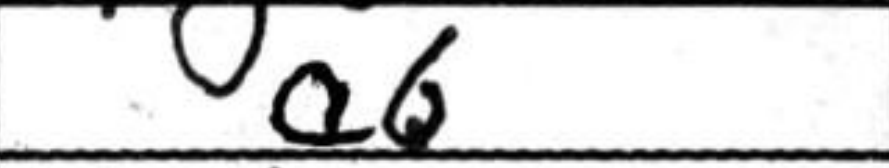
Transcription: a6